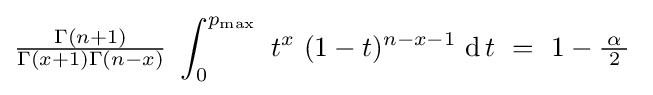
{\tfrac {\Gamma (n+1)}{\Gamma (x+1)\Gamma (n-x)}}\ \int _{0}^{p_{\max }}\ t^{x}\ (1-t)^{n-x-1}\ \mathrm {d} \!\ t~=~1-{\tfrac {\!\ \alpha \!\ }{2}}~